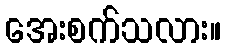
အေးစက်သလား။